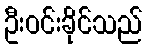
ဦးဝင်းခိုင်သည်